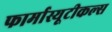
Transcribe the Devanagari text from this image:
फार्मास्यूटीकल्स